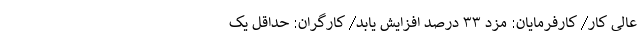
عالی کار/ کارفرمایان: مزد ۳۳ درصد افزایش یابد/ کارگران: حداقل یک